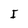
Character: I